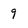
Character: 9